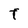
Character: T